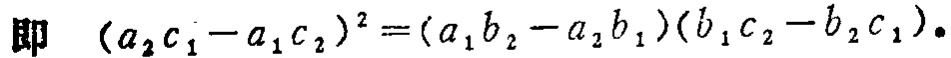
即 \((a_{2}c_{1}-a_{1}c_{2})^{2}=(a_{1}b_{2}-a_{2}b_{1})(b_{1}c_{2}-b_{2}c_{1})\)。